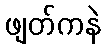
ဖျတ်ကနဲ